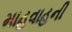
માહવાહની